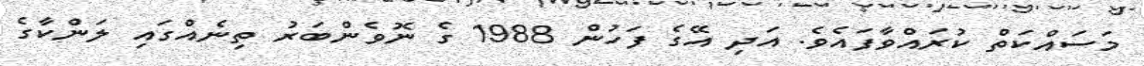
މަސައްކަތް ކުރައްވާފައެވެ. އަދި އޭގެ ފަހުން 1988 ގެ ނޮވެންބަރު ތިނެއްގައި ލަންކާގެ